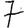
Digit: 7